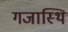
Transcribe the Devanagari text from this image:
गजास्थि